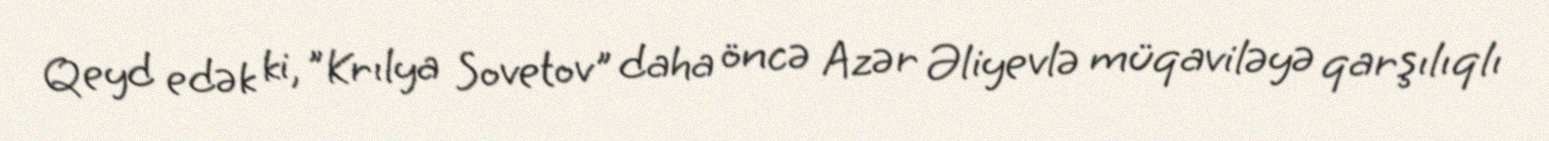
Qeyd edək ki, "Krılya Sovetov" daha öncə Azər Əliyevlə müqaviləyə qarşılıqlı